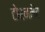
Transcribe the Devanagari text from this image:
टोरनमेंट